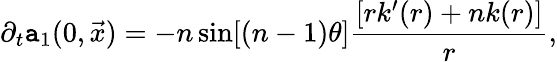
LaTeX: \partial_{t}\mathtt{a}_{1}(0,\vec{{x}})=-n\sin[(n-1)\theta]\frac{{[rk^{\prime}(r)+nk(r)]}}{{r}},